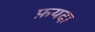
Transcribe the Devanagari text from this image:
फ़यदा